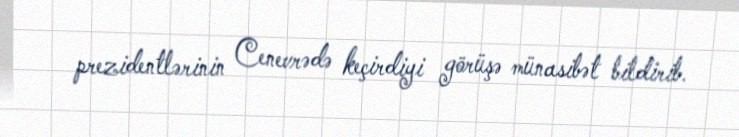
prezidentlərinin Cenevrədə keçirdiyi görüşə münasibət bildirib.